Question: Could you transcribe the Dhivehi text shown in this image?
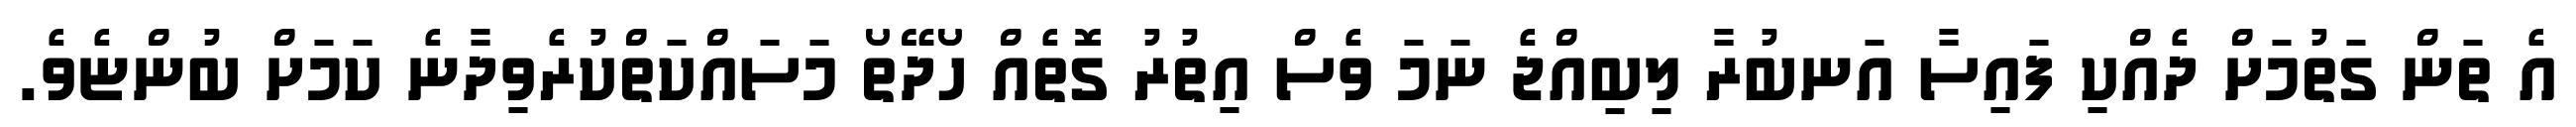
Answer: އެ ތަން ގަތުމަށް ދެއްކި ފައިސާ އަނބުރާ ލިބިއްޖެ ނަމަ ވެސް އިތުރު ގޮތެއް ހޯދޭތޯ މަސައްކަތްކުރެވިދާނެ ކަމަށް ބުންޏެވެ.